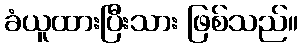
ခံယူထားပြီးသား ဖြစ်သည်။